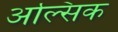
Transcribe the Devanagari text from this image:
अल्सिक